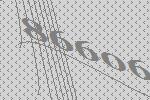
86606